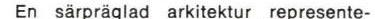
En säpräglad arkitektur represente-